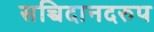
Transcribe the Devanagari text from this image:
सच्चिदानदरुप